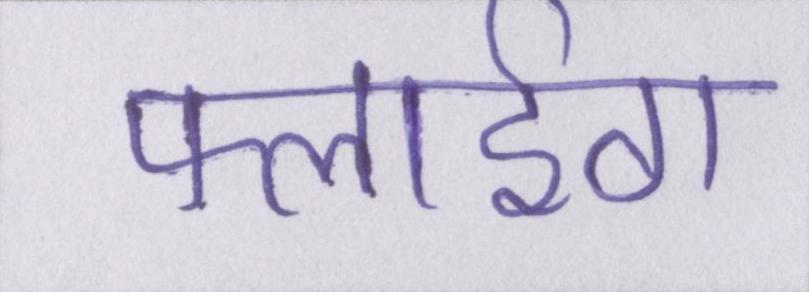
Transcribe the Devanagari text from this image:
फ्लाईंग